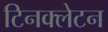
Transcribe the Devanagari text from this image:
टिनक्लेटन